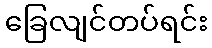
ခြေလျင်တပ်ရင်း